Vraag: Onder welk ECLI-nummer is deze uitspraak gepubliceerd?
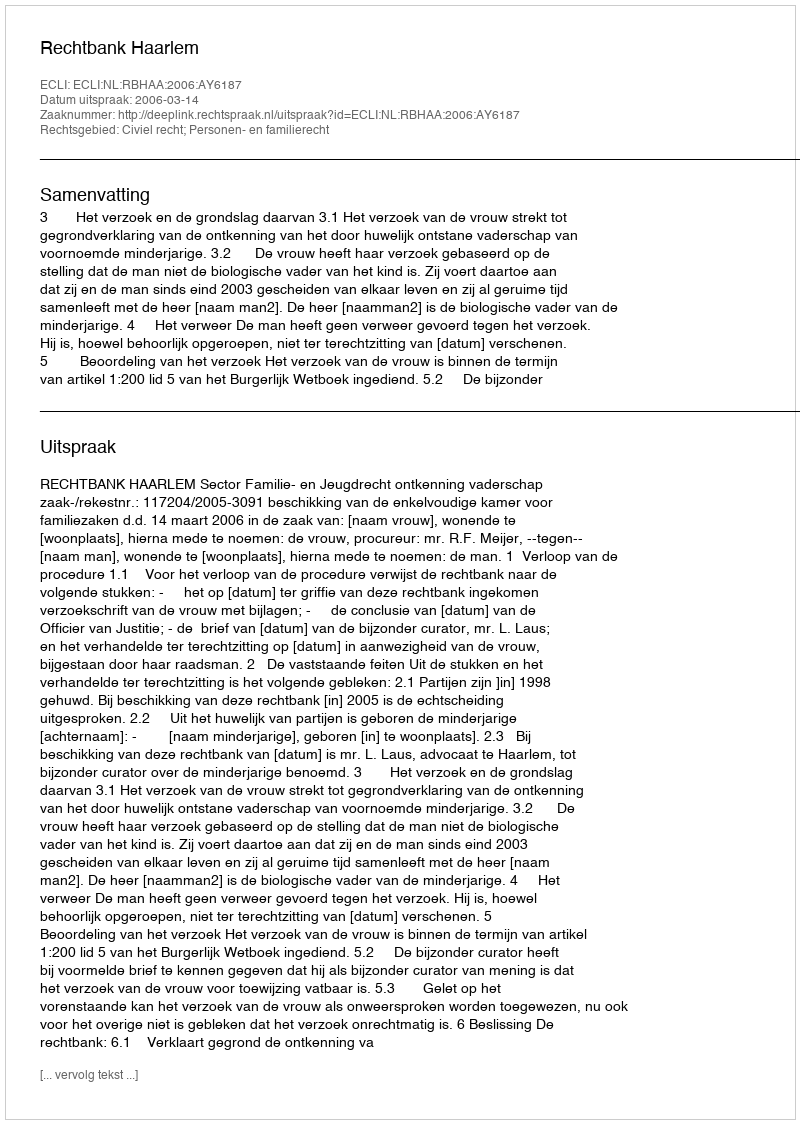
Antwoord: ECLI:NL:RBHAA:2006:AY6187